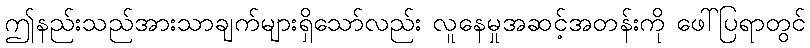
ဤနည်းသည်အားသာချက်များရှိသော်လည်း လူနေမှုအဆင့်အတန်းကို ဖေါ်ပြရာတွင်